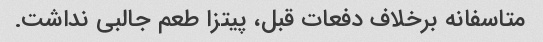
متاسفانه برخلاف دفعات قبل، پیتزا طعم جالبی نداشت.